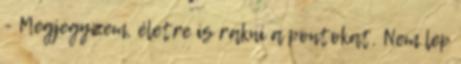
- Megjegyzem, életre is rakni a pontokat. Nem lep